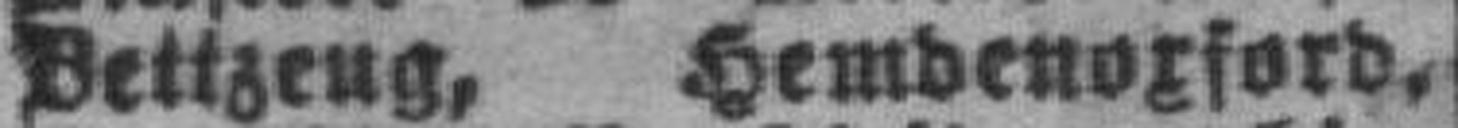
Bettzeug, Hemdenoxford.